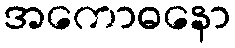
အကောဓနော